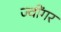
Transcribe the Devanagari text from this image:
ज्वींगर